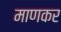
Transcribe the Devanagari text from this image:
माणकर